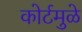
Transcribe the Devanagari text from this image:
कोर्टमुळे